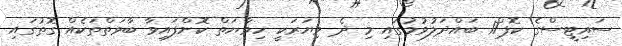
ސައިޓީސްގެ ކޮޕް17 ބައްދަލުވުމުގައި މި ދެ މިޔަރަކީ ހިމާޔަތް ކޮށްފައިވާ ބާވަތްތަކެއް ގޮތުގައި